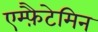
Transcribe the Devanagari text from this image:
एम्फ़ैटेमिन